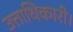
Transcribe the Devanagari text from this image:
उत्ताधिकारी।